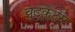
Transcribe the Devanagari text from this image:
वुडकट्स